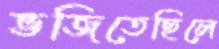
ভজিতেছিলে